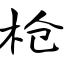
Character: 抢